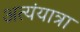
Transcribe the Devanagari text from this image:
अत्यंयात्रा